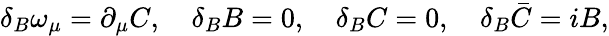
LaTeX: \delta_{B}\omega_{\mu}=\partial_{\mu}C,\quad\delta_{B}B=0,\quad\delta_{B}C=0,\quad\delta_{B}\bar{C}=iB,